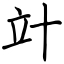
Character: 竍